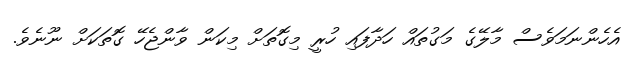
އެހެންނަމަވެސް މާލޭގެ މަގުތައް ހަދާފައި ހުރީ މިގޮތަށް މިކަން ވާންޖެހޭ ގޮތަކަށް ނޫނެވެ.